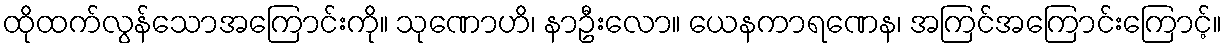
ထိုထက်လွန်သောအကြောင်းကို။ သုဏောဟိ၊ နာဦးလော။ ယေနကာရဏေန၊ အကြင်အကြောင်းကြောင့်။